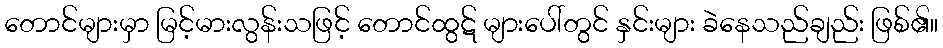
တောင်များမှာ မြင့်မားလွန်းသဖြင့် တောင်ထွဋ် များပေါ်တွင် နှင်းများ ခဲနေသည်ချည်း ဖြစ်၏။